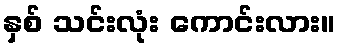
နှစ် သင်းလုံး ကောင်းလား။